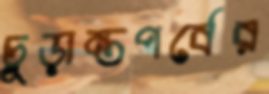
চূড়ান্তপর্বের